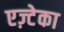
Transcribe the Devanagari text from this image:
एज़्टेका